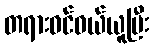
တရားဝင်ဝယ်ယူပြီး